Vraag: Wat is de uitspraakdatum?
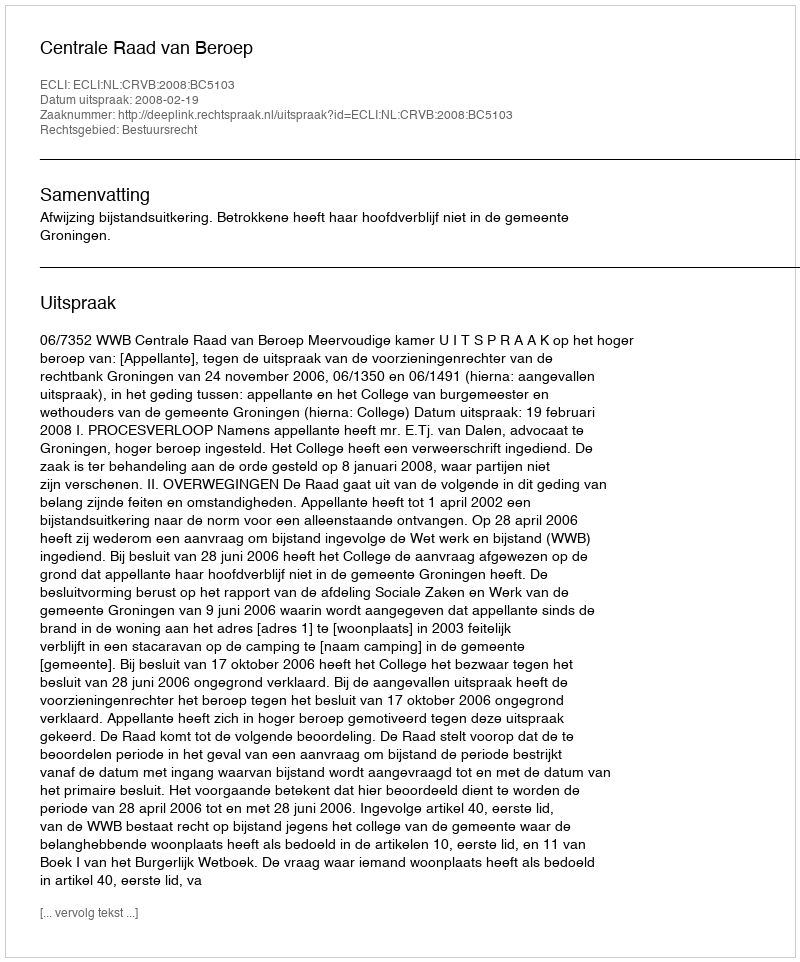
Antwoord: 2008-02-19